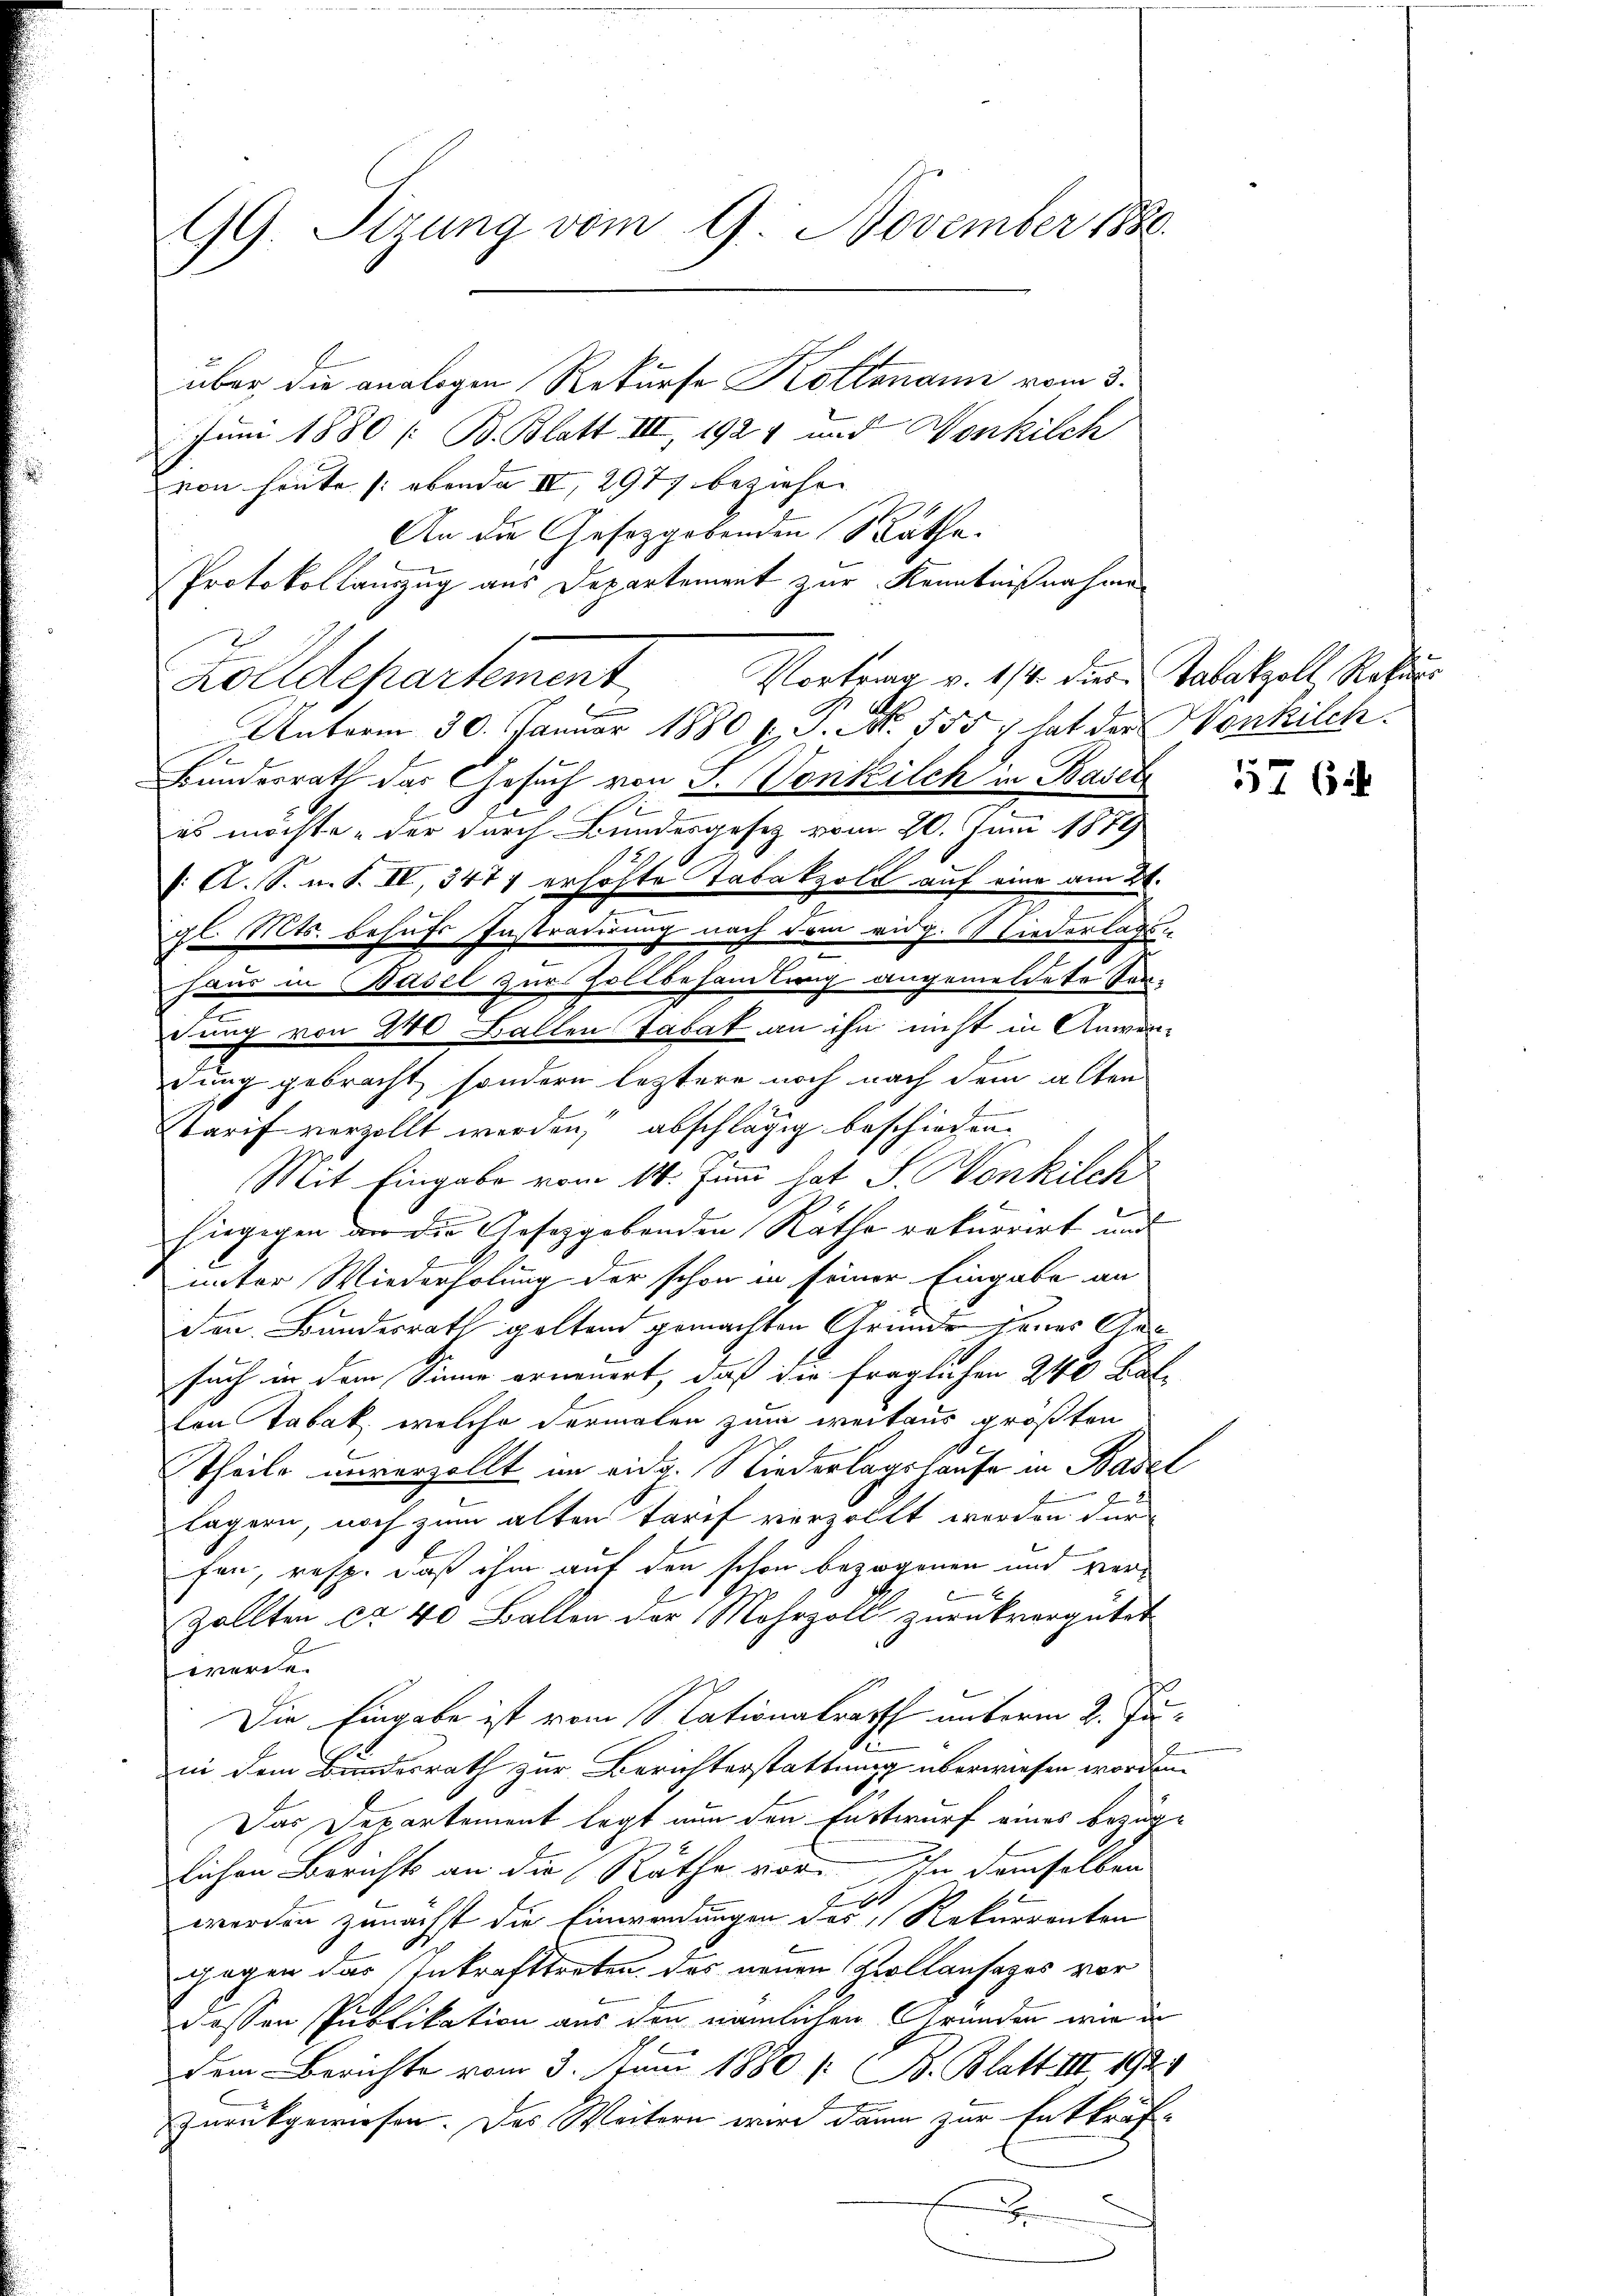
99. Sizung vom 9. November 1880.

über die analogen Rekurse Kostenanne vom 3.
Juni 1880 / B. Blatt III, 1924 und Wonkilch
von heute ebenda IV 2977 beziehen
An die Gesetzgebenden Räthe.
Protokollauszug aus Departement zur Kenntnißnahme
Vortrag v. 1/4. dies Tabakzoll Rekur
Zolldepartement
Unterm 30. Januar 1880 u. P. Nr. 555. hat der Konkilch.
Bundesrath das Gesuch von F. Vonkilch in Basel
es möchte, der durch Bundesgesetz vom 20. Juni 1879
: A. S. n. F. IV, 347 erhöhte Tabakzolk auf eine am 20.
n
gl. Mts. behufs Instradirung nach dem vidg. Wiederlagshaus in Basel zur Zollbesamlung angemeldete Ver-
dung von 240 Ballen Tabat an ihn nicht in Anwendung gebracht, sondern leztere noch nach dem alten
Wtarif verzollt werden, abschlägig beschieden.
Mit Eingabe vom 14. Juni hat S. Konkilch
hiegigen an die Gesetzgebenden Käthe rekurrirt und
unter Wiederholung der schon in seiner Eingabe an
den Bundesrath geltend gemachten Gründe jenes Ansuch in dem Sinne erneuert, daß die fraglichen 240 Kat
ton Tabak, welche dermalen zum weitaus größten
Theile unverzollt im eidg. Niederlagshause in Basel
lägern, noch zum alten Tarif verzollt werden dür
fen, resp. daß ihm auf den schon bezogenen und ver¬
Zollten ca 40 Ballen der Mehrzoll zurückvergütet
werde.
Die Eingabe ist vom Nationalrath unterm 2. Juin dem Bundesrath zur Berichterstattung überwiesen worden.
Das Departement legt nun den Entwurf eines bezüglichen Berichts an die Räthe vor. Ihn demselben
werden zunächst die Einwendungen des Rekurrenten
gegen das Inkrafttreten, das neuen Zollansages vor
dessen Publikation aus den nämlichen Grunden wie de
dem Berichte vom 3. Juni 1880 / B. Blatt III 192
zurückgewiesen. Das Weitern wird dann zur Entkräf¬
E
J

576